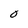
Character: 0